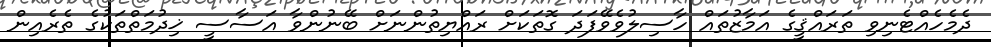
ދެމެހެއްޓެނިވި ތަރައްޤީގެ އަމާޒުތައް ހާސިލުވެވޭފަދަ ގޮތަކަށް ރައްޔިތުންނަށް ބޭނުންވާ އަސާސީ ޚިދުމަތްތަކުގެ ތެރެއިން